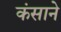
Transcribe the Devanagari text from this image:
कंसाने